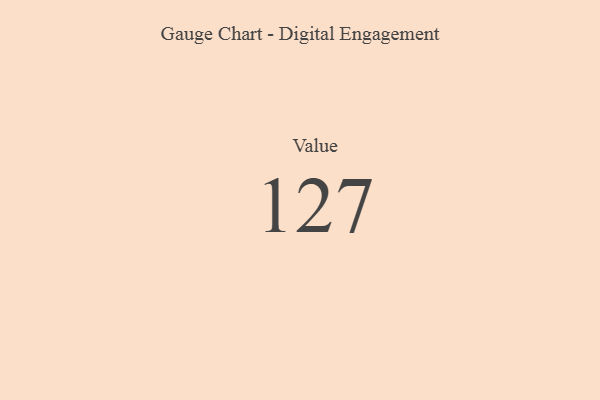
{"axis": {"x": "Metric", "y": "Value"}, "legend": [""], "data": [{"x": "Value", "y": 127, "type": ""}]}